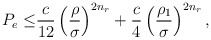
\begin{align*}P_{e}\le & \frac{c}{12}\left(\frac{\rho}{\sigma}\right)^{2n_{r}}+\frac{c}{4}\left(\frac{\rho_{1}}{\sigma}\right)^{2n_{r}},\end{align*}